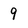
Character: 9